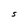
Character: S